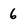
Character: 6